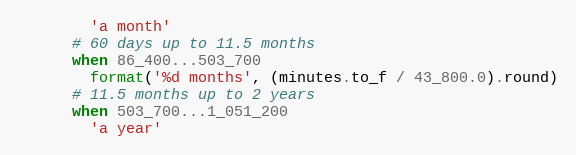
Language: Ruby
        'a month'
      # 60 days up to 11.5 months
      when 86_400...503_700
        format('%d months', (minutes.to_f / 43_800.0).round)
      # 11.5 months up to 2 years
      when 503_700...1_051_200
        'a year'